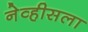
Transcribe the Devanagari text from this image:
नेव्हीसला